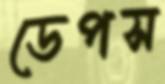
ডেপস